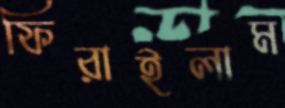
ফিরাইলাম